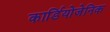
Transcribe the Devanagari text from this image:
कार्डियोजेनिक